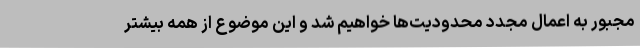
مجبور به اعمال مجدد محدودیت‌ها خواهیم شد و این موضوع از همه بیشتر